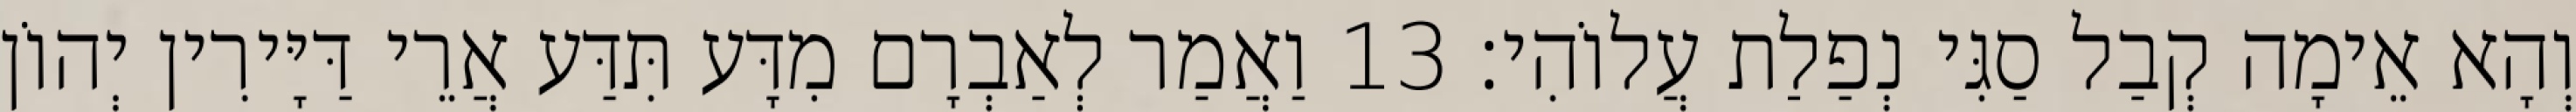
וְהָא אֵימָה קְבַל סַגִּי נְפַלַת עֲלוֹהִי׃ 13 וַאֲמַר לְאַבְרָם מִדָּע תִּדַּע אֲרֵי דַּיָּירִין יְהוֹן